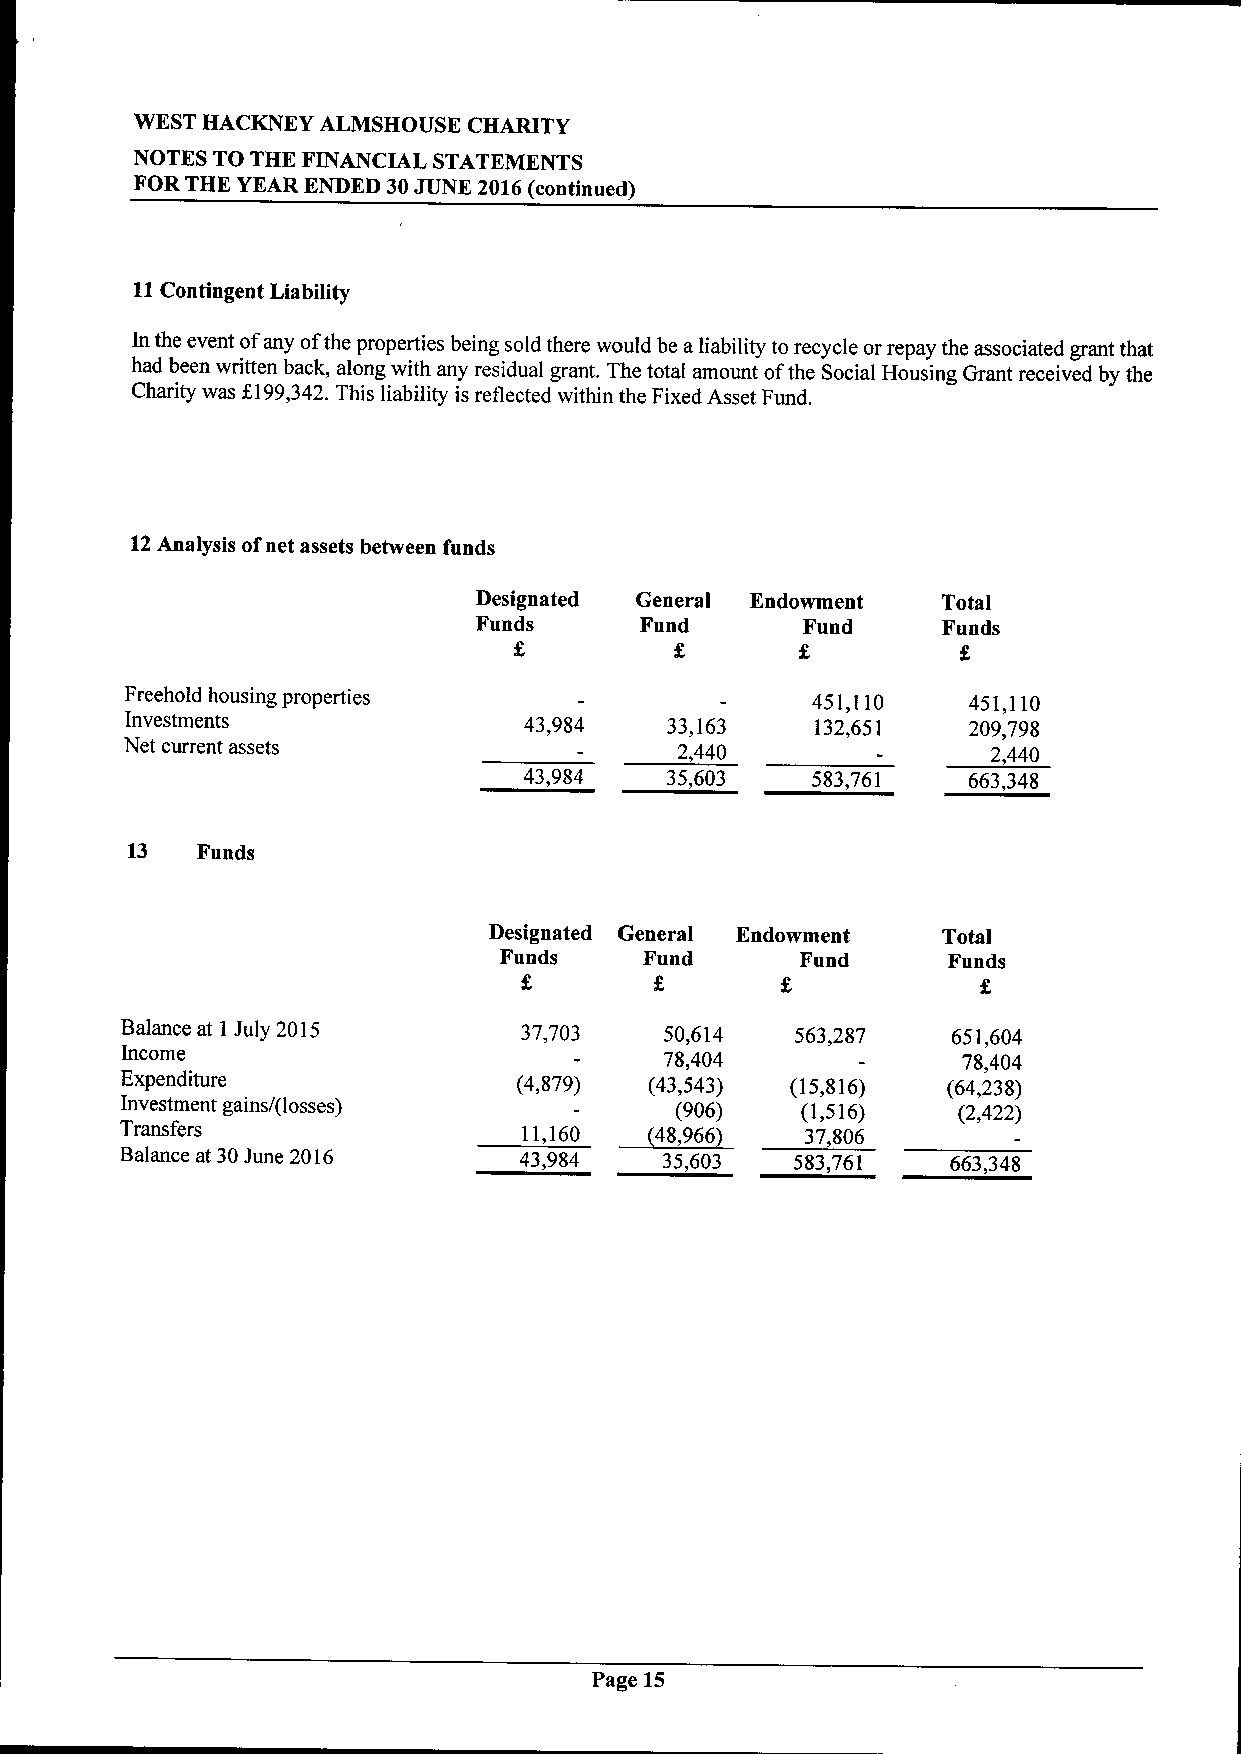
WEST HACKNEY ALMSHOUSE CHARITY
 NOTES TO THK FINANCIAL STATEMENTS
 FOR THE YEAR ENDED 30JUNK 2016(continued)
 11Contingent Liability
 In the event of any ofthe properties being sold there would be aliability to recycle or repay the associated grant that
 had been written back, along with any residual grant. The total amount ofthe Social Housing Grant received by the
 Charity was K199,342.This liability is reflected within the Fixed Asset Fund.
 12Analysis ofnet assets between funds
 Designated General Endowment  Total
 Funds      Fund       Fund     Funds
 Freehold housing properties                   451,110   451,110
 Investments                43,984   33,163    132,651   209,798
 Net current assets                   2,440                2,440
 43,984   35,603    583,761   663,348
 13   Funds
 Designated General Endowment  Total
 Funds     Fund      Fund      Funds
 Balance at 1July 2015     37,703    50,614   563,287   651,604
 Income                              78,404              78,404
 Expenditure               (4,879)  (43,543) (15,816)   (64,238)
 Investment gains/(losses)            (906)   (1,516)   (2,422)
 Transfers                  11,160 ~48, 966   37,806
 Balance at 30June 2016    43,984    35,603   583,761   663,348
 Page 15